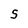
Character: 5